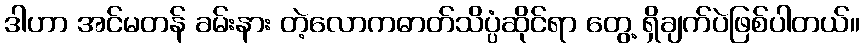
ဒါဟာ အင်မတန် ခမ်းနား တဲ့လောကဓာတ်သိပ္ပံဆိုင်ရာ တွေ့ ရှိချက်ပဲဖြစ်ပါတယ်။